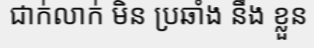
ជាក់លាក់ មិន ប្រឆាំង នឹង ខ្លួន